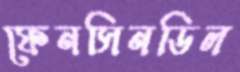
ফেনসিনডিল